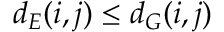
d _ { E } ( i , j ) \leq d _ { G } ( i , j )